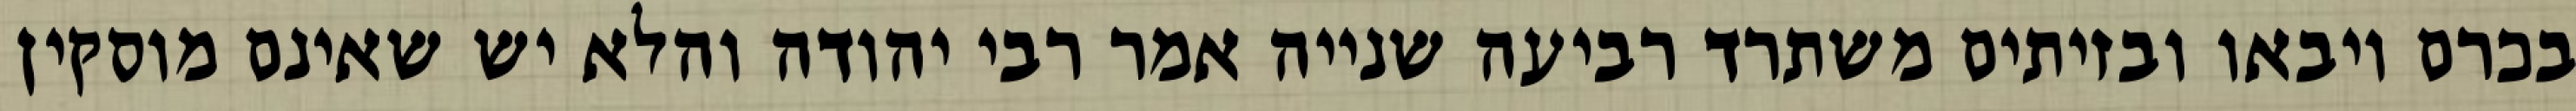
בכרם ויבאו ובזיתים משתרד רביעה שנייה אמר רבי יהודה והלא יש שאינם מוסקין